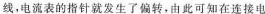
线，电流表的指针就发生了偏转，由此可知在连接电